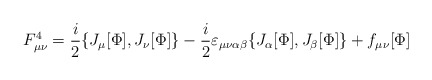
\begin{align*}F_{\mu\nu}^4 =\frac{i}{2}\{J_\mu[\Phi] ,J_\nu[\Phi] \} -\frac{i}{2}\varepsilon_{\mu\nu\alpha\beta}\{J_\alpha[\Phi] ,J_\beta[\Phi] \} +f_{\mu\nu}[\Phi]\end{align*}